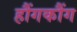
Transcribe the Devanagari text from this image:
हौंगकौंग